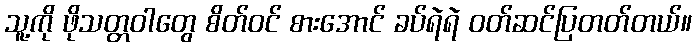
သူ့ကို ဖိုသတ္တဝါတွေ စိတ်ဝင် စားအောင် ခပ်ရဲရဲ ဝတ်ဆင်ပြတတ်တယ်။